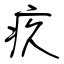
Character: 疚